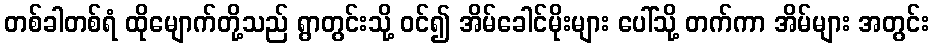
တစ်ခါတစ်ရံ ထိုမျောက်တို့သည် ရွာတွင်းသို့ ဝင်၍ အိမ်ခေါင်မိုးများ ပေါ်သို့ တက်ကာ အိမ်များ အတွင်း